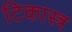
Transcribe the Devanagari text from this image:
टिकास्त्र